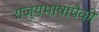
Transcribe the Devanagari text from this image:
राज्यभाषांपैकी